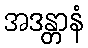
အဒန္တာနံ